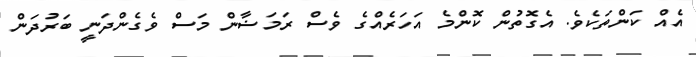
އެއް ކަންތަކެވެ. އެގޮތުން ކޮންމެ އަހަރެއްގެ ވެސް ރަމަޟާން މަސް ވެގެންދަނީ ބަރުދަން